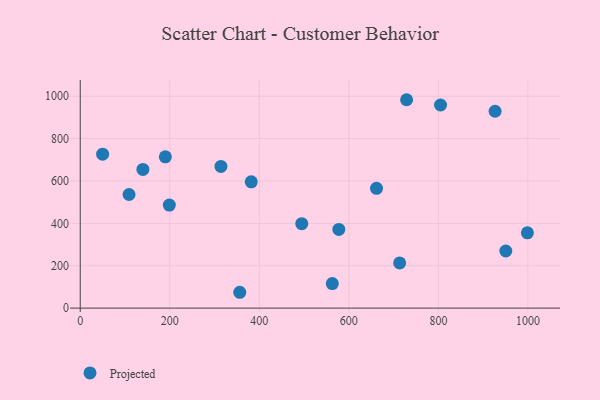
{"axis": {"x": "Investment", "y": "Rating"}, "legend": ["Projected"], "data": [{"x": "314.3", "y": 668.8, "type": "Projected"}, {"x": "804.8", "y": 958.6, "type": "Projected"}, {"x": "926.7", "y": 929.1, "type": "Projected"}, {"x": "382.0", "y": 595.9, "type": "Projected"}, {"x": "950.6", "y": 269.7, "type": "Projected"}, {"x": "661.8", "y": 565.4, "type": "Projected"}, {"x": "140.0", "y": 654.4, "type": "Projected"}, {"x": "356.3", "y": 74.8, "type": "Projected"}, {"x": "713.5", "y": 213.2, "type": "Projected"}, {"x": "50.0", "y": 726.5, "type": "Projected"}, {"x": "190.1", "y": 714.1, "type": "Projected"}, {"x": "577.6", "y": 371.6, "type": "Projected"}, {"x": "998.8", "y": 355.4, "type": "Projected"}, {"x": "494.8", "y": 398.6, "type": "Projected"}, {"x": "729.0", "y": 983.5, "type": "Projected"}, {"x": "563.0", "y": 115.8, "type": "Projected"}, {"x": "109.0", "y": 536.2, "type": "Projected"}, {"x": "199.0", "y": 486.1, "type": "Projected"}]}